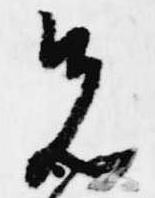
先